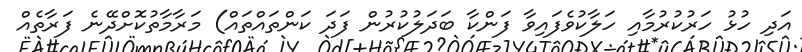
އަދި ހުޅު ހަރުކުރުމާއި ހަލާކުވެފައިވާ ފަންކާ ބަދަލުކުރުން ފަދަ ކަންތައްތައް) މަރާމާތުކޮށްދޭނެ ފަރާތެއް